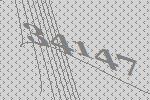
34147